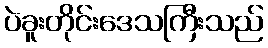
ပဲခူးတိုင်းဒေသကြီးသည်